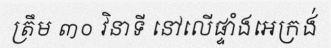
ត្រឹម ៣០ វិនាទី នៅលើផ្ទាំងអេក្រង់